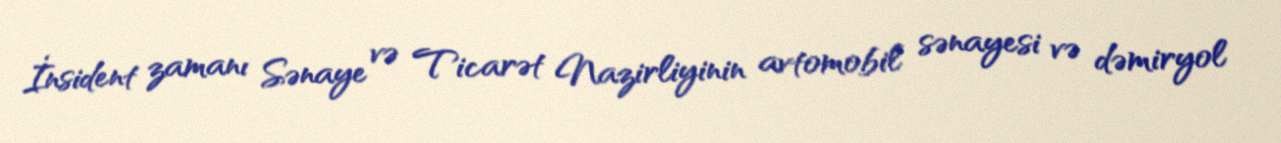
İnsident zamanı Sənaye və Ticarət Nazirliyinin avtomobil sənayesi və dəmiryol